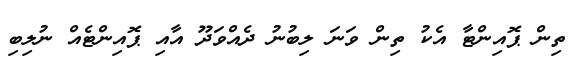
ތިން ޕޮއިންޓާ އެކު ތިން ވަނަ ލިބުނު ދެއްވަދޫ އާއި ޕޮއިންޓެއް ނުލިބި